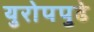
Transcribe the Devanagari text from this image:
युरोपपुढे